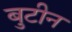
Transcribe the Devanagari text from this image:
बुटीन